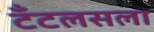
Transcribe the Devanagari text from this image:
टँटलसला